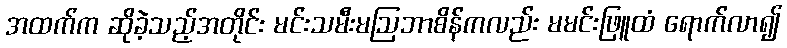
အထက်က ဆိုခဲ့သည့်အတိုင်း မင်းသမီးမဩဘာစိန်ကလည်း မမင်းဖြူထံ ရောက်လာ၍